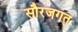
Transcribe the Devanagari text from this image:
सौरजगत